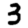
Digit: 3